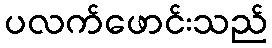
ပလက်ဖောင်းသည်